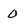
Character: 0